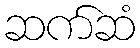
ဆက်ဆံ